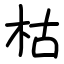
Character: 枯